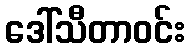
ဒေါ်သီတာဝင်း